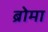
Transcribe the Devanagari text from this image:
ब्रोमा